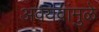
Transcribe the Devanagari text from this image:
अवयवांमुळे